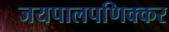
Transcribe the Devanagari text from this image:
जयपालपणिक्कर